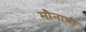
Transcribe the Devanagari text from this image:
मौनाची